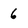
Character: 6